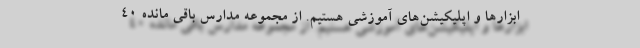
ابزارها و اپلیکیشن‌های آموزشی هستیم. از مجموعه مدارس باقی مانده ۴۰